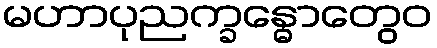
မဟာပုညက္ခန္ဓောတွေဝ